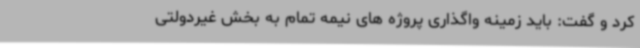
کرد و گفت: باید زمینه واگذاری پروژه های نیمه تمام به بخش غیردولتی